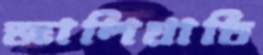
জালিয়াতি